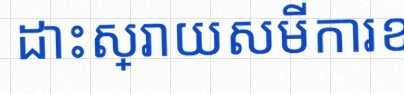
ដោះស្រាយសមីការខាងក្រោម